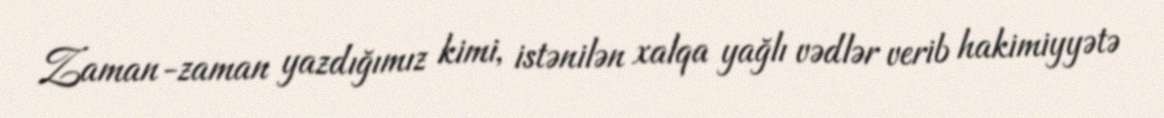
Zaman-zaman yazdığımız kimi, istənilən xalqa yağlı vədlər verib hakimiyyətə